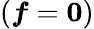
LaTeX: (\boldsymbol{f}=\boldsymbol{0})